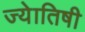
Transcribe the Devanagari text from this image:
ज्‍येातिषी